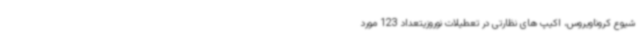
شیوع کروناویروس، اکیپ های نظارتی در تعطیلات نوروزیتعداد 123 مورد